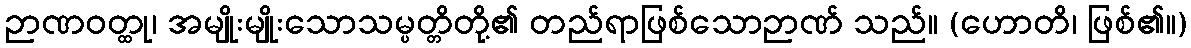
ဉာဏဝတ္ထု၊ အမျိုးမျိုးသောသမ္ပတ္တိတို့၏ တည်ရာဖြစ်သောဉာဏ် သည်။ (ဟောတိ၊ ဖြစ်၏။)